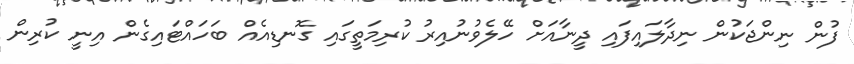
ފުން ނިންޖަކުން ނިދާލައިފައި ދީނާއަށް ހޭލެވުނުއިރު ކުރިމަތީގައި ގޮނޑިއެއް ބަހައްޓައިގެން އިނީ ކުރިން